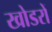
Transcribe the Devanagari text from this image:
खोडरों